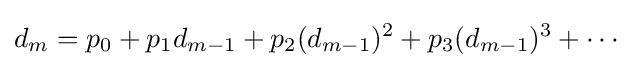
d_{m}=p_{0}+p_{1}d_{m-1}+p_{2}(d_{m-1})^{2}+p_{3}(d_{m-1})^{3}+\cdots